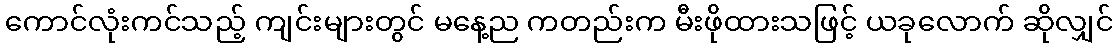
ကောင်လုံးကင်သည့် ကျင်းများတွင် မနေ့ည ကတည်းက မီးဖိုထားသဖြင့် ယခုလောက် ဆိုလျှင်